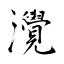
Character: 灚